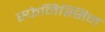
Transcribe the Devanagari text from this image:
स्फेनिस्सिन